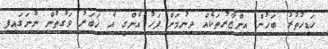
ހަޑިހުތުރު ބަހުން އިންޒާރުތަކެއް ދިނުމަށް ފަހު އެންގީ އެ ޚަބަރު ވަގުތުން ނުނަގައިފި